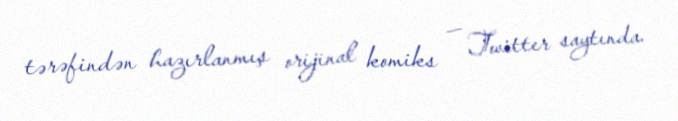
tərəfindən hazırlanmış orijinal komiks — Twitter saytında.